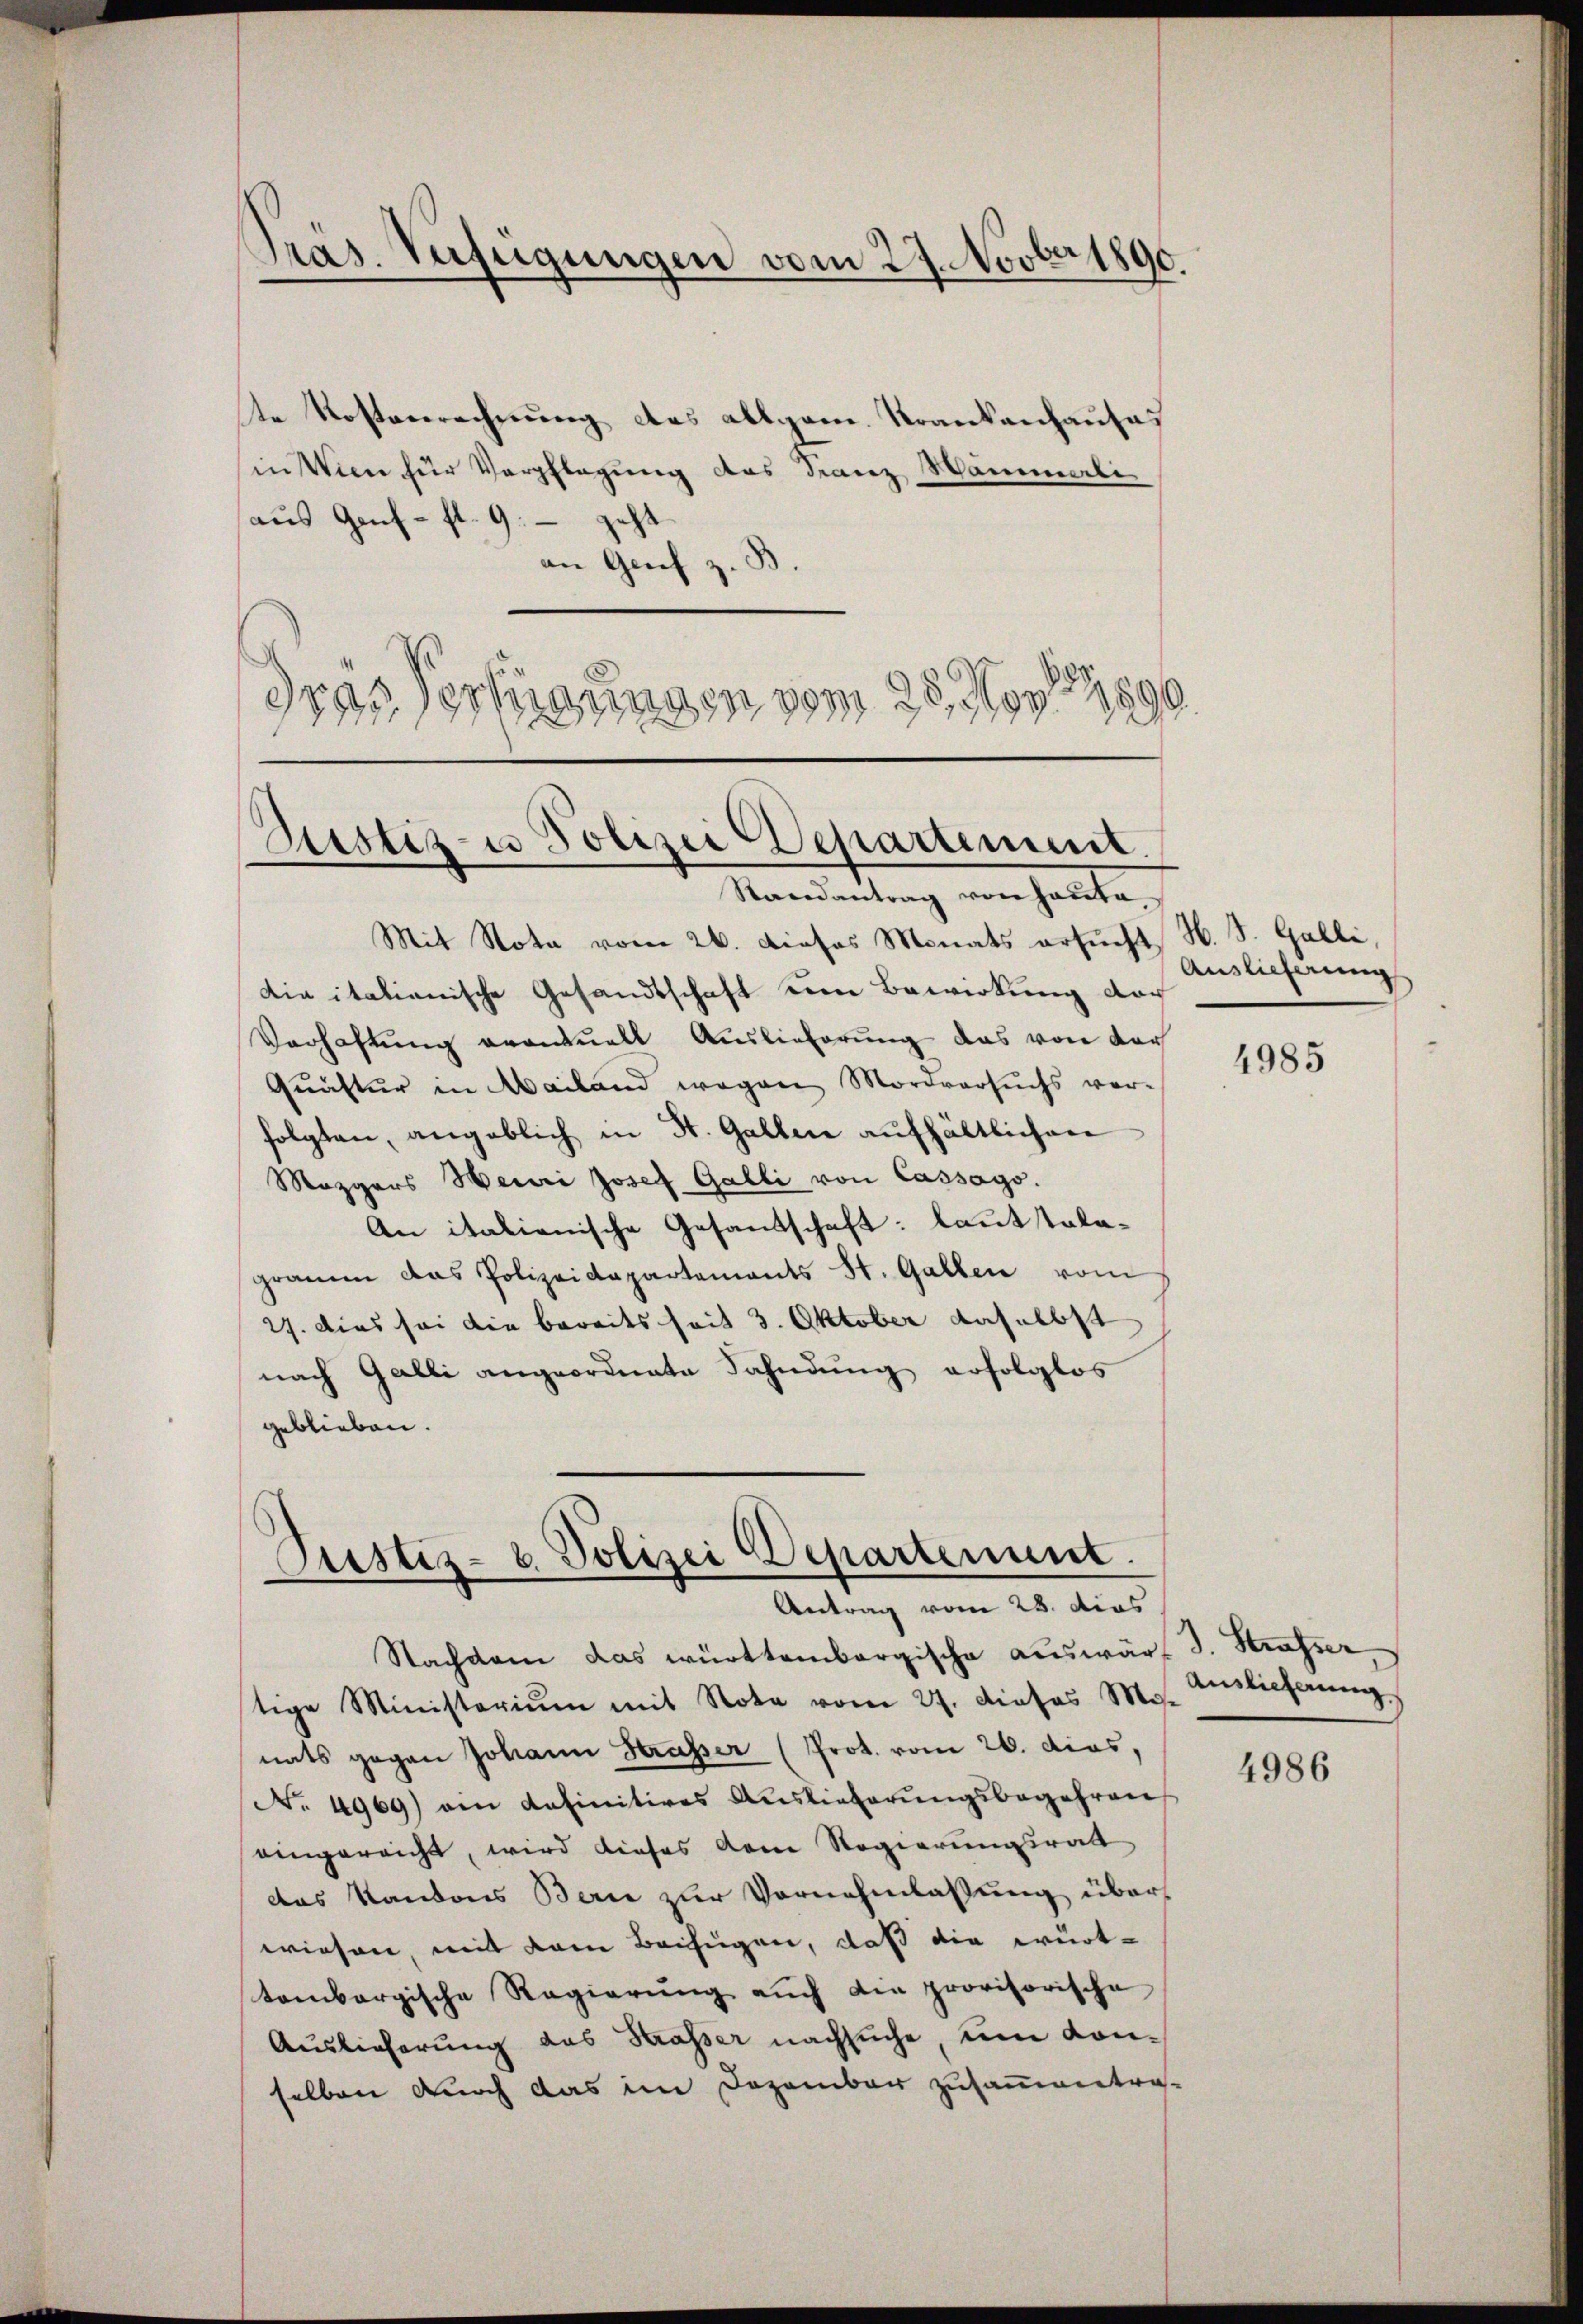
Präs. Verfügungen vom 27. Novber 1890.

te Kostverrechnung des allgem. Krankenhauses
sin Wien für Verpflegung des Franz Wammerliaus Genf fl. 9 - geht
an Grief z.
dres Verfügungen vom 25. May 1890.

Zustiz- u Polizei Departement.
Randantrag von Haŭta,

Justiz- & Polizei Departement.
-
Antrag vom 28. dies

Nachdem das württembergische auswär J. Strasser
tige Ministerium mit Note vom 27. dieses M.
nats gegen Johann Strasser (Prot. vom 26. dies,
No. 4969) am definitives Auslieferŭngsbegehren
eingereicht, wird dieses dene Regierungsrath
das Kantons Berne zur Vornehmlassung über
wiesen, mit dem Beifügen, daß die württombergische Regierŭng aŭch die provisorische
Auslieferung das Kasser nachsuche, um Konselben durch das im Dezember zusammentra-

Mit Nota vom 26. Dieses Monats ersucht, H. S. Galli,
din itationische Gesandtschaft um Bewirkung dar
Verhaftung erantuell Auslieferung das von dor
Quaster in Mailand wegen Mordversuchs ver-
folgten, angeblich in St. Gallen aufhältlichen
Mazgers Henri Josef Galli von Cassago.
An italienische Gesandschaft: laut tolagramm das Polizeidepartements St. Gallen vom
27. Dies sei die bereits seit 3. Oktober daselbst
nach Galli angeordnete Fahndung erfolglos
geblieben.

Auslieferung

4985

Auslicherung

4986